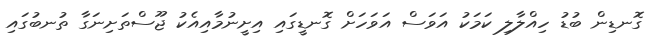
ގޮނޑިން ބުޑު ހިއްލާލި ކަމަކު އަވަސް އަވަހަށް ގޮނޑީގައި އިށީނުމާއިއެކު ޖޫސްތަށިނަގާ ތުނބުގައި